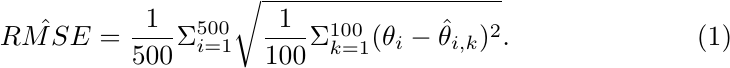
\begin{equation}
    \hat{RMSE} = \frac{1}{500} \Sigma_{i = 1}^{500} \sqrt{\frac{1}{100} \Sigma_{k = 1}^{100} (\theta_{i} - \hat{\theta}_{i, k})^2}.
\end{equation}